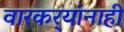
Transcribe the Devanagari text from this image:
वारकर्‍यांनाही